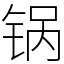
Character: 锅